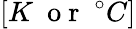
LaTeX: [K\ \mathrm{~o~r~}\ ^{\circ}C]